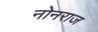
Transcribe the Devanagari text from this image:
नोनराज